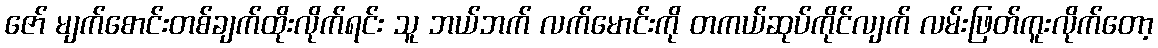
ဇော် မျက်စောင်းတစ်ချက်ထိုးလိုက်ရင်း သူ ဘယ်ဘက် လက်မောင်းကို တကယ်ဆုပ်ကိုင်လျက် လမ်းဖြတ်ကူးလိုက်တော့